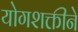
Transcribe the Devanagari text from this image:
योगशक्तीने